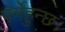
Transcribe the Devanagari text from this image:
पर्नेहुन्छ।